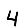
Digit: 4